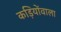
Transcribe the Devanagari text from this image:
कड़ियोंवाला